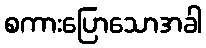
စကားပြောသောအခါ